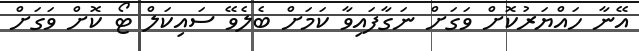
އޭނާ ހައްޔަރުކޮށް ވަގަށް ނަގާފައިވާ ކަމަށް ބެލެވޭ ސައިކަލް ޓޯ ކޮށް ވަގަށް